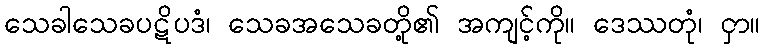
သေခါသေခပဋိပဒံ၊ သေခအသေခတို့၏ အကျင့်ကို။ ဒေဿတုံ၊ ငှာ။